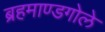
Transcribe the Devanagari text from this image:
ब्रहमाण्डगोले